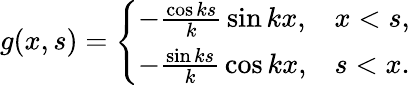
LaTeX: g(x,s)={\left\{ \begin{array}{ll}{-{\frac{\cos ks}{k}}\sin kx,}&{x<s,}\\ {-{\frac{\sin ks}{k}}\cos kx,}&{s<x.}\end{array}\right.}